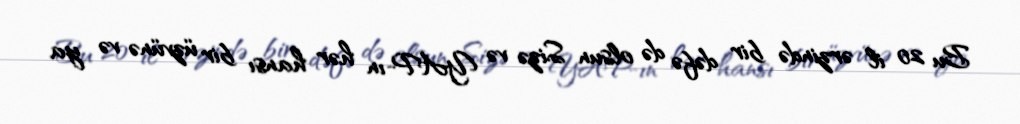
Bu 20 il ərzində bir dəfə də olsun Sizə və YAP-ın hər hansı bir üzvünə və ya